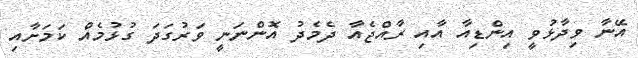
އޭނާ ވިދާޅުވީ އިންޑިއާ އާއި ރާއްޖެއާ ދެމެދު އޮންނަނީ ވަރުގަދަ ގުޅުމެއް ކަމަށާއި